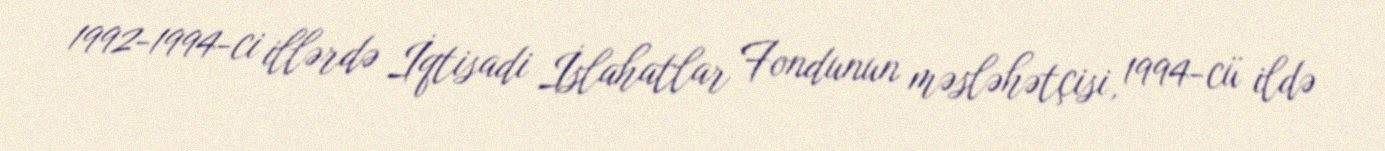
1992-1994-ci illərdə İqtisadi İslahatlar Fondunun məsləhətçisi, 1994-cü ildə